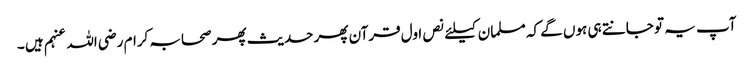
آپ یہ تو جانتے ہی ہوں گے کہ مسلمان کیلئے نص اول قرآن پھر حدیث پھر صحابہ کرام رضی اللہ عنہم ہیں ۔